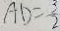
A D = \frac { 3 } { 2 }